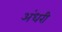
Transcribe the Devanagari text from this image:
अंधरी